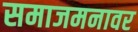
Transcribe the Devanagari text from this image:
समाजमनावर